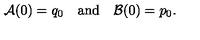
{ \cal A } ( 0 ) = q _ { 0 } \quad \mathrm { a n d } \quad { \cal B } ( 0 ) = p _ { 0 } .